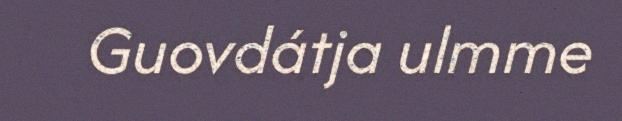
Guovdátja ulmme